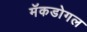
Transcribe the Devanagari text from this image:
मॅकडोगल